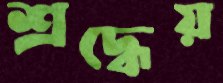
শ্রদ্ধেয়